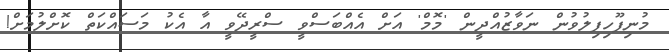
މުނިފޫހިފިލުވުން ނަވާޒުއްދީން 'މޮމް' އަށް އެއްބަސްވީ ސްރީދޭވީ އާ އެކު މަސައްކަތް ކޮށްލުމަށް!